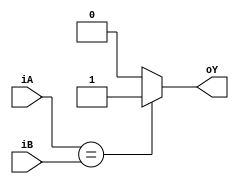
`timescale 1ns / 1ps
//////////////////////////////////////////////////////////////////////////////////
// Company: 
// Engineer: 
// 
// Design Name: 
// Module Name: eq_comp_Nb
// Project Name: 
// Target Devices: 
// Tool Versions: 
// Description: 
// 
// Dependencies: 
// 
// Revision:
// Revision 0.01 - File Created
// Additional Comments:
// 
//////////////////////////////////////////////////////////////////////////////////


module eq_comp_Nb #(parameter N = 8)
    (
    input wire[N-1:0] iA, iB,
    output wire oY
    );
    assign oY = (iA == iB) ? 1:0;
endmodule